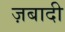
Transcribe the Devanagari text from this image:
ज़बादी